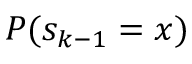
P ( s _ { k - 1 } = x )